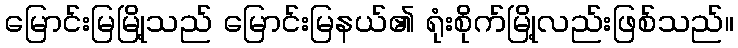
မြောင်းမြမြို့သည် မြောင်းမြနယ်၏ ရုံးစိုက်မြို့လည်းဖြစ်သည်။